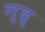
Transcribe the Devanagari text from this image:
ग्द्